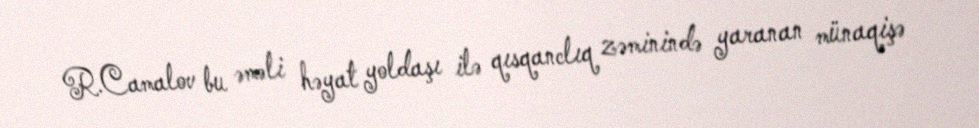
R.Camalov bu əməli həyat yoldaşı ilə qısqanclıq zəminində yaranan münaqişə